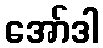
အော်ဒါ